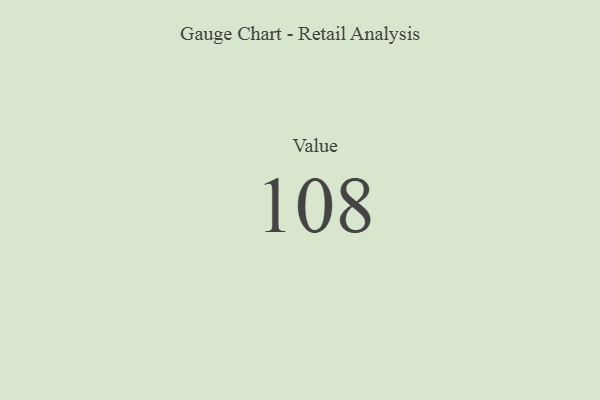
{"axis": {"x": "Metric", "y": "Value"}, "legend": [""], "data": [{"x": "Value", "y": 108, "type": ""}]}